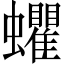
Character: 蠷